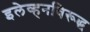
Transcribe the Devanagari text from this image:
इलेव्हनविरूद्ध